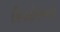
કિયોસના